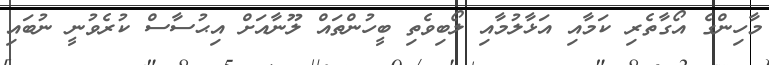
މާހިންގެ އޯގާތެރި ކަމާއި އަޅާލުމާއި ލޯބިވެތި ބީހުންތައް ލޫނާއަށް އިޙުސާސް ކުރެވުނީ ނުބައި